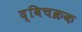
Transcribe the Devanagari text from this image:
द्विचक्रक